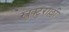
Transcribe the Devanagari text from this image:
स्त्रुक्टुराल्ली